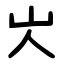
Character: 㞤